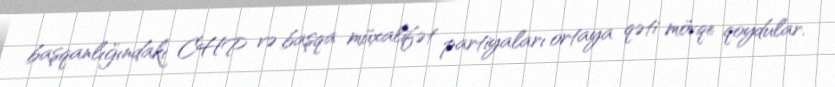
başqanlığındakı CHP və başqa müxalifət partiyaları ortaya qəti mövqe qoydular.